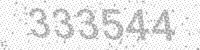
Solution: 333544